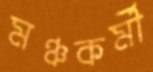
মঞ্চকর্মী